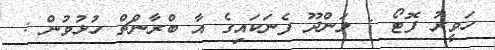
ހަވީރު ފޮޓޯ : ލަންދޫ ފެނަކައިގެ އާ ބްރާންޗް ހުޅުވުން :